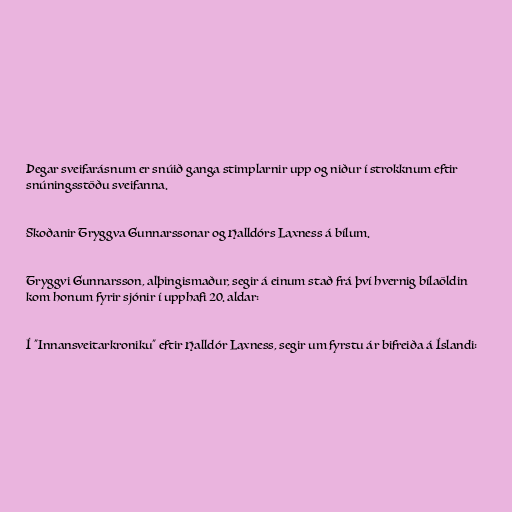
Þegar sveifarásnum er snúið ganga stimplarnir upp og niður í strokknum eftir
snúningsstöðu sveifanna.

Skoðanir Tryggva Gunnarssonar og Halldórs Laxness á bílum.

Tryggvi Gunnarsson, alþingismaður, segir á einum stað frá því hvernig bílaöldin
kom honum fyrir sjónir í upphafi 20. aldar:

Í "Innansveitarkroniku" eftir Halldór Laxness, segir um fyrstu ár bifreiða á Íslandi: